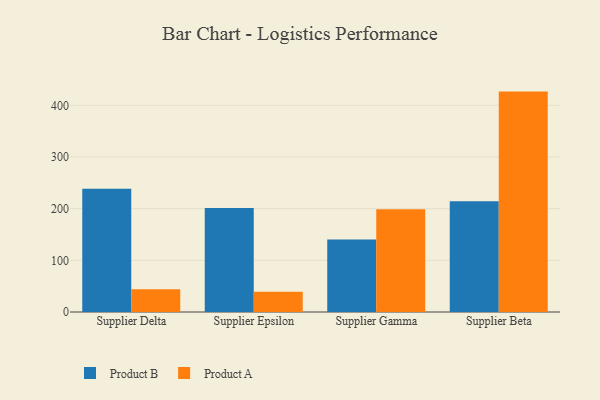
{"axis": {"x": "Supplier", "y": "Revenue (USD Million)"}, "legend": ["Product A", "Product B"], "data": [{"x": "Supplier Delta", "y": 238.8, "type": "Product B"}, {"x": "Supplier Delta", "y": 43.9, "type": "Product A"}, {"x": "Supplier Epsilon", "y": 201.1, "type": "Product B"}, {"x": "Supplier Epsilon", "y": 39.4, "type": "Product A"}, {"x": "Supplier Gamma", "y": 140.2, "type": "Product B"}, {"x": "Supplier Gamma", "y": 199.1, "type": "Product A"}, {"x": "Supplier Beta", "y": 214.2, "type": "Product B"}, {"x": "Supplier Beta", "y": 426.6, "type": "Product A"}]}